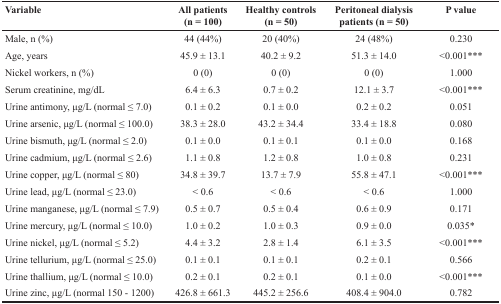
<table><thead><tr><td><b>Variable</b></td><td><b>All patients (n = 100)</b></td><td><b>Healthy controls (n = 50)</b></td><td><b>Peritoneal dialysis patients (n = 50)</b></td><td><b>P value</b></td></tr></thead><tbody><tr><td>Male, n (%)</td><td>44 (44%)</td><td>20 (40%)</td><td>24 (48%)</td><td>0.230</td></tr><tr><td>Age, years</td><td>45.9 ± 13.1</td><td>40.2 ± 9.2</td><td>51.3 ± 14.0</td><td>&lt;0.001***</td></tr><tr><td>Nickel workers, n (%)</td><td>0 (0)</td><td>0 (0)</td><td>0 (0)</td><td>1.000</td></tr><tr><td>Serum creatinine, mg/dL</td><td>6.4 ± 6.3</td><td>0.7 ± 0.2</td><td>12.1 ± 3.7</td><td>&lt;0.001***</td></tr><tr><td>Urine antimony, μg/L (normal ≤ 7.0)</td><td>0.1 ± 0.2</td><td>0.1 ± 0.0</td><td>0.2 ± 0.2</td><td>0.051</td></tr><tr><td>Urine arsenic, μg/L (normal ≤ 100.0)</td><td>38.3 ± 28.0</td><td>43.2 ± 34.4</td><td>33.4 ± 18.8</td><td>0.080</td></tr><tr><td>Urine bismuth, μg/L (normal ≤ 2.0)</td><td>0.1 ± 0.0</td><td>0.1 ± 0.1</td><td>0.1 ± 0.0</td><td>0.168</td></tr><tr><td>Urine cadmium, μg/L (normal ≤ 2.6)</td><td>1.1 ± 0.8</td><td>1.2 ± 0.8</td><td>1.0 ± 0.8</td><td>0.231</td></tr><tr><td>Urine copper, μg/L (normal ≤ 80)</td><td>34.8 ± 39.7</td><td>13.7 ± 7.9</td><td>55.8 ± 47.1</td><td>&lt;0.001***</td></tr><tr><td>Urine lead, μg/L (normal ≤ 23.0)</td><td>&lt; 0.6</td><td>&lt; 0.6</td><td>&lt; 0.6</td><td>1.000</td></tr><tr><td>Urine manganese, μg/L (normal ≤ 7.9)</td><td>0.5 ± 0.7</td><td>0.5 ± 0.4</td><td>0.6 ± 0.9</td><td>0.171</td></tr><tr><td>Urine mercury, μg/L (normal ≤ 10.0)</td><td>1.0 ± 0.2</td><td>1.0 ± 0.3</td><td>0.9 ± 0.0</td><td>0.035*</td></tr><tr><td>Urine nickel, μg/L (normal ≤ 5.2)</td><td>4.4 ± 3.2</td><td>2.8 ± 1.4</td><td>6.1 ± 3.5</td><td>&lt;0.001***</td></tr><tr><td>Urine tellurium, μg/L (normal ≤ 25.0)</td><td>0.1 ± 0.1</td><td>0.1 ± 0.1</td><td>0.2 ± 0.1</td><td>0.566</td></tr><tr><td>Urine thallium, μg/L (normal ≤ 10.0)</td><td>0.2 ± 0.1</td><td>0.2 ± 0.1</td><td>0.1 ± 0.0</td><td>&lt;0.001***</td></tr><tr><td>Urine zinc, μg/L (normal 150 - 1200)</td><td>426.8 ± 661.3</td><td>445.2 ± 256.6</td><td>408.4 ± 904.0</td><td>0.782</td></tr></tbody></table>